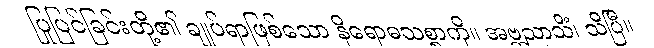
ပြုပြင်ခြင်းတို့၏ ချုပ်ရာဖြစ်သော နိရောဓသစ္စာကို။ အဗ္ဘညာသိံ၊ သိပြီ။